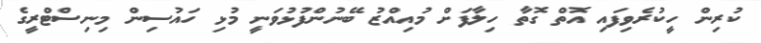
ކުރިން ހީކުރެވިފައި އޮތް ގޮތާ ހިލާފަށް މުއިއްޒު ބޭނުންފުޅުވަނީ މުޅި ހައުސިން މިނިސްޓްރީގެ